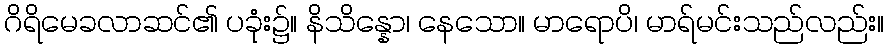
ဂိရိမေခလာဆင်၏ ပခုံး၌။ နိသိန္နော၊ နေသော။ မာရောပိ၊ မာရ်မင်းသည်လည်း။